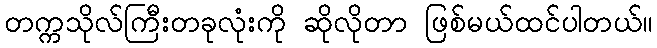
တက္ကသိုလ်ကြီးတခုလုံးကို ဆိုလိုတာ ဖြစ်မယ်ထင်ပါတယ်။